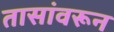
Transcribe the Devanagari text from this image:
तासांवरून